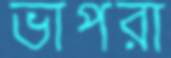
ভাপরা